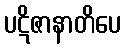
ပဋိဇာနာတိပေ